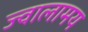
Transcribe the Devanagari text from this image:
ज्वालामय